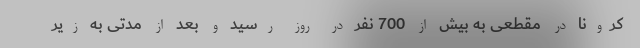
کرونا در مقطعی به بیش از 700 نفر در روز رسید و بعد از مدتی به زیر